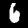
Label: 6